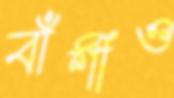
বাঁশীও